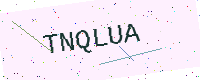
Text: TNQLUA